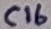
Text: C16